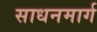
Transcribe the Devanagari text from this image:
साधनमार्ग